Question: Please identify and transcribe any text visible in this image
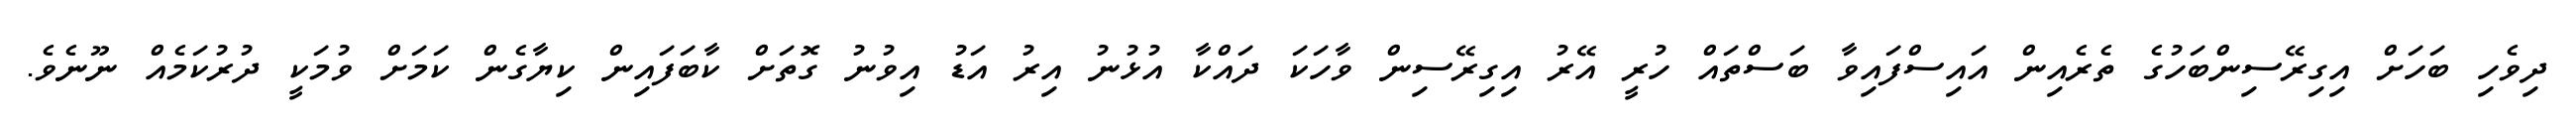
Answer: ދިވެހި ބަހަށް އިގިރޭސިންބަހުގެ ތެރެއިން އައިސްފައިވާ ބަސްތައް ހުރީ އޭރު އިގިރޭސިން ވާހަކަ ދައްކާ އުޅުނު އިރު އަޑު އިވުނު ގޮތަށް ކާބަފައިން ކިޔާގެން ކަމަށް ވުމަކީ ދުރުކަމެއް ނޫނެވެ.